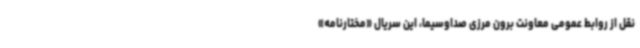
نقل از روابط عمومی معاونت برون مرزی صداوسیما، این سریال «مختارنامه»